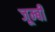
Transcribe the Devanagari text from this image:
जूम्बी